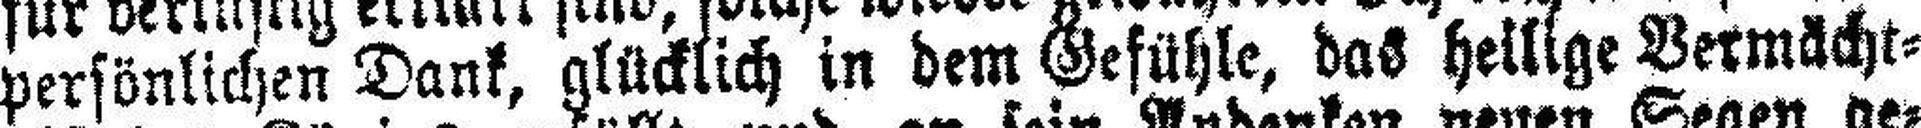
persönlichen Dank, glücklich in dem Gefühle, das heilige Vermächt¬